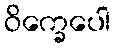
ဝိက္ခေပေါ